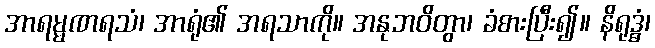
အာရမ္မဏရသံ၊ အာရုံ၏ အရသာကို။ အနုဘဝိတွာ၊ ခံစားပြီး၍။ နိရုဒ္ဓံ၊